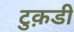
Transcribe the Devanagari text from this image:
टुक़डी